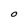
Character: O